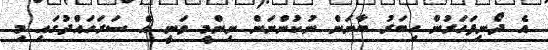
އެ ދޯނިފަހަރުން ހިބަރު ބާނަން ނުކުންނަން ނިންމީި ވަނީ އެ ސަރަހައްދުގައި މި